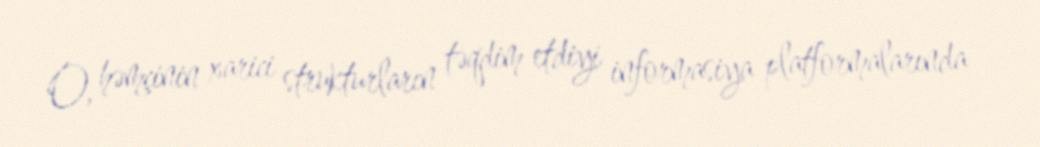
O, həmçinin xarici strukturların təqdim etdiyi informasiya platformalarında